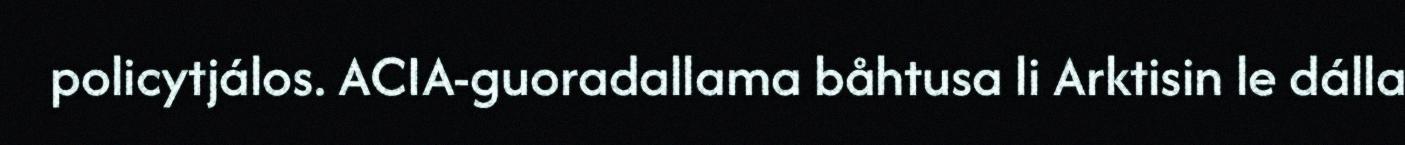
policytjálos. ACIA-guoradallama båhtusa li Arktisin le dálla